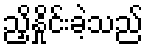
ညှိနှိုင်းခဲ့သည်